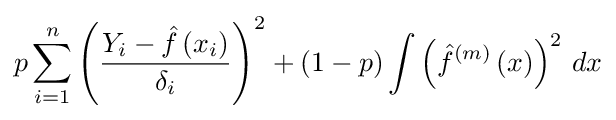
p\sum _{i=1}^{n}\left({\frac {Y_{i}-{\hat {f}}\left(x_{i}\right)}{\delta _{i}}}\right)^{2}+\left(1-p\right)\int \left({\hat {f}}^{\left(m\right)}\left(x\right)\right)^{2}\,dx